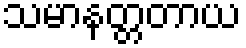
သမာနတ္တတာယ